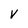
Character: V